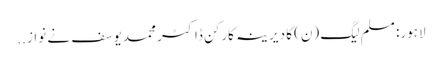
لاہور: مسلم لیگ (ن) کا دیرینہ کارکن ڈاکٹر محمد یوسف نے نواز ..